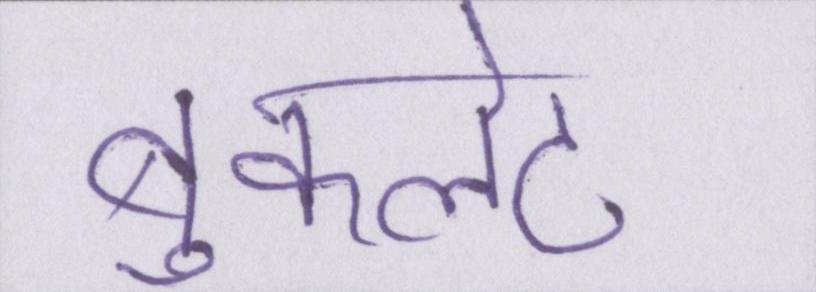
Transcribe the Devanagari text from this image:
बुकलेट